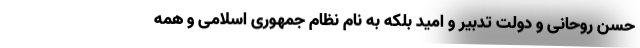
حسن روحانی و دولت تدبیر و امید بلکه به نام نظام جمهوری اسلامی و همه